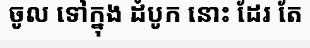
ចូល ទៅក្នុង ដំបូក នោះ ដែរ តែ